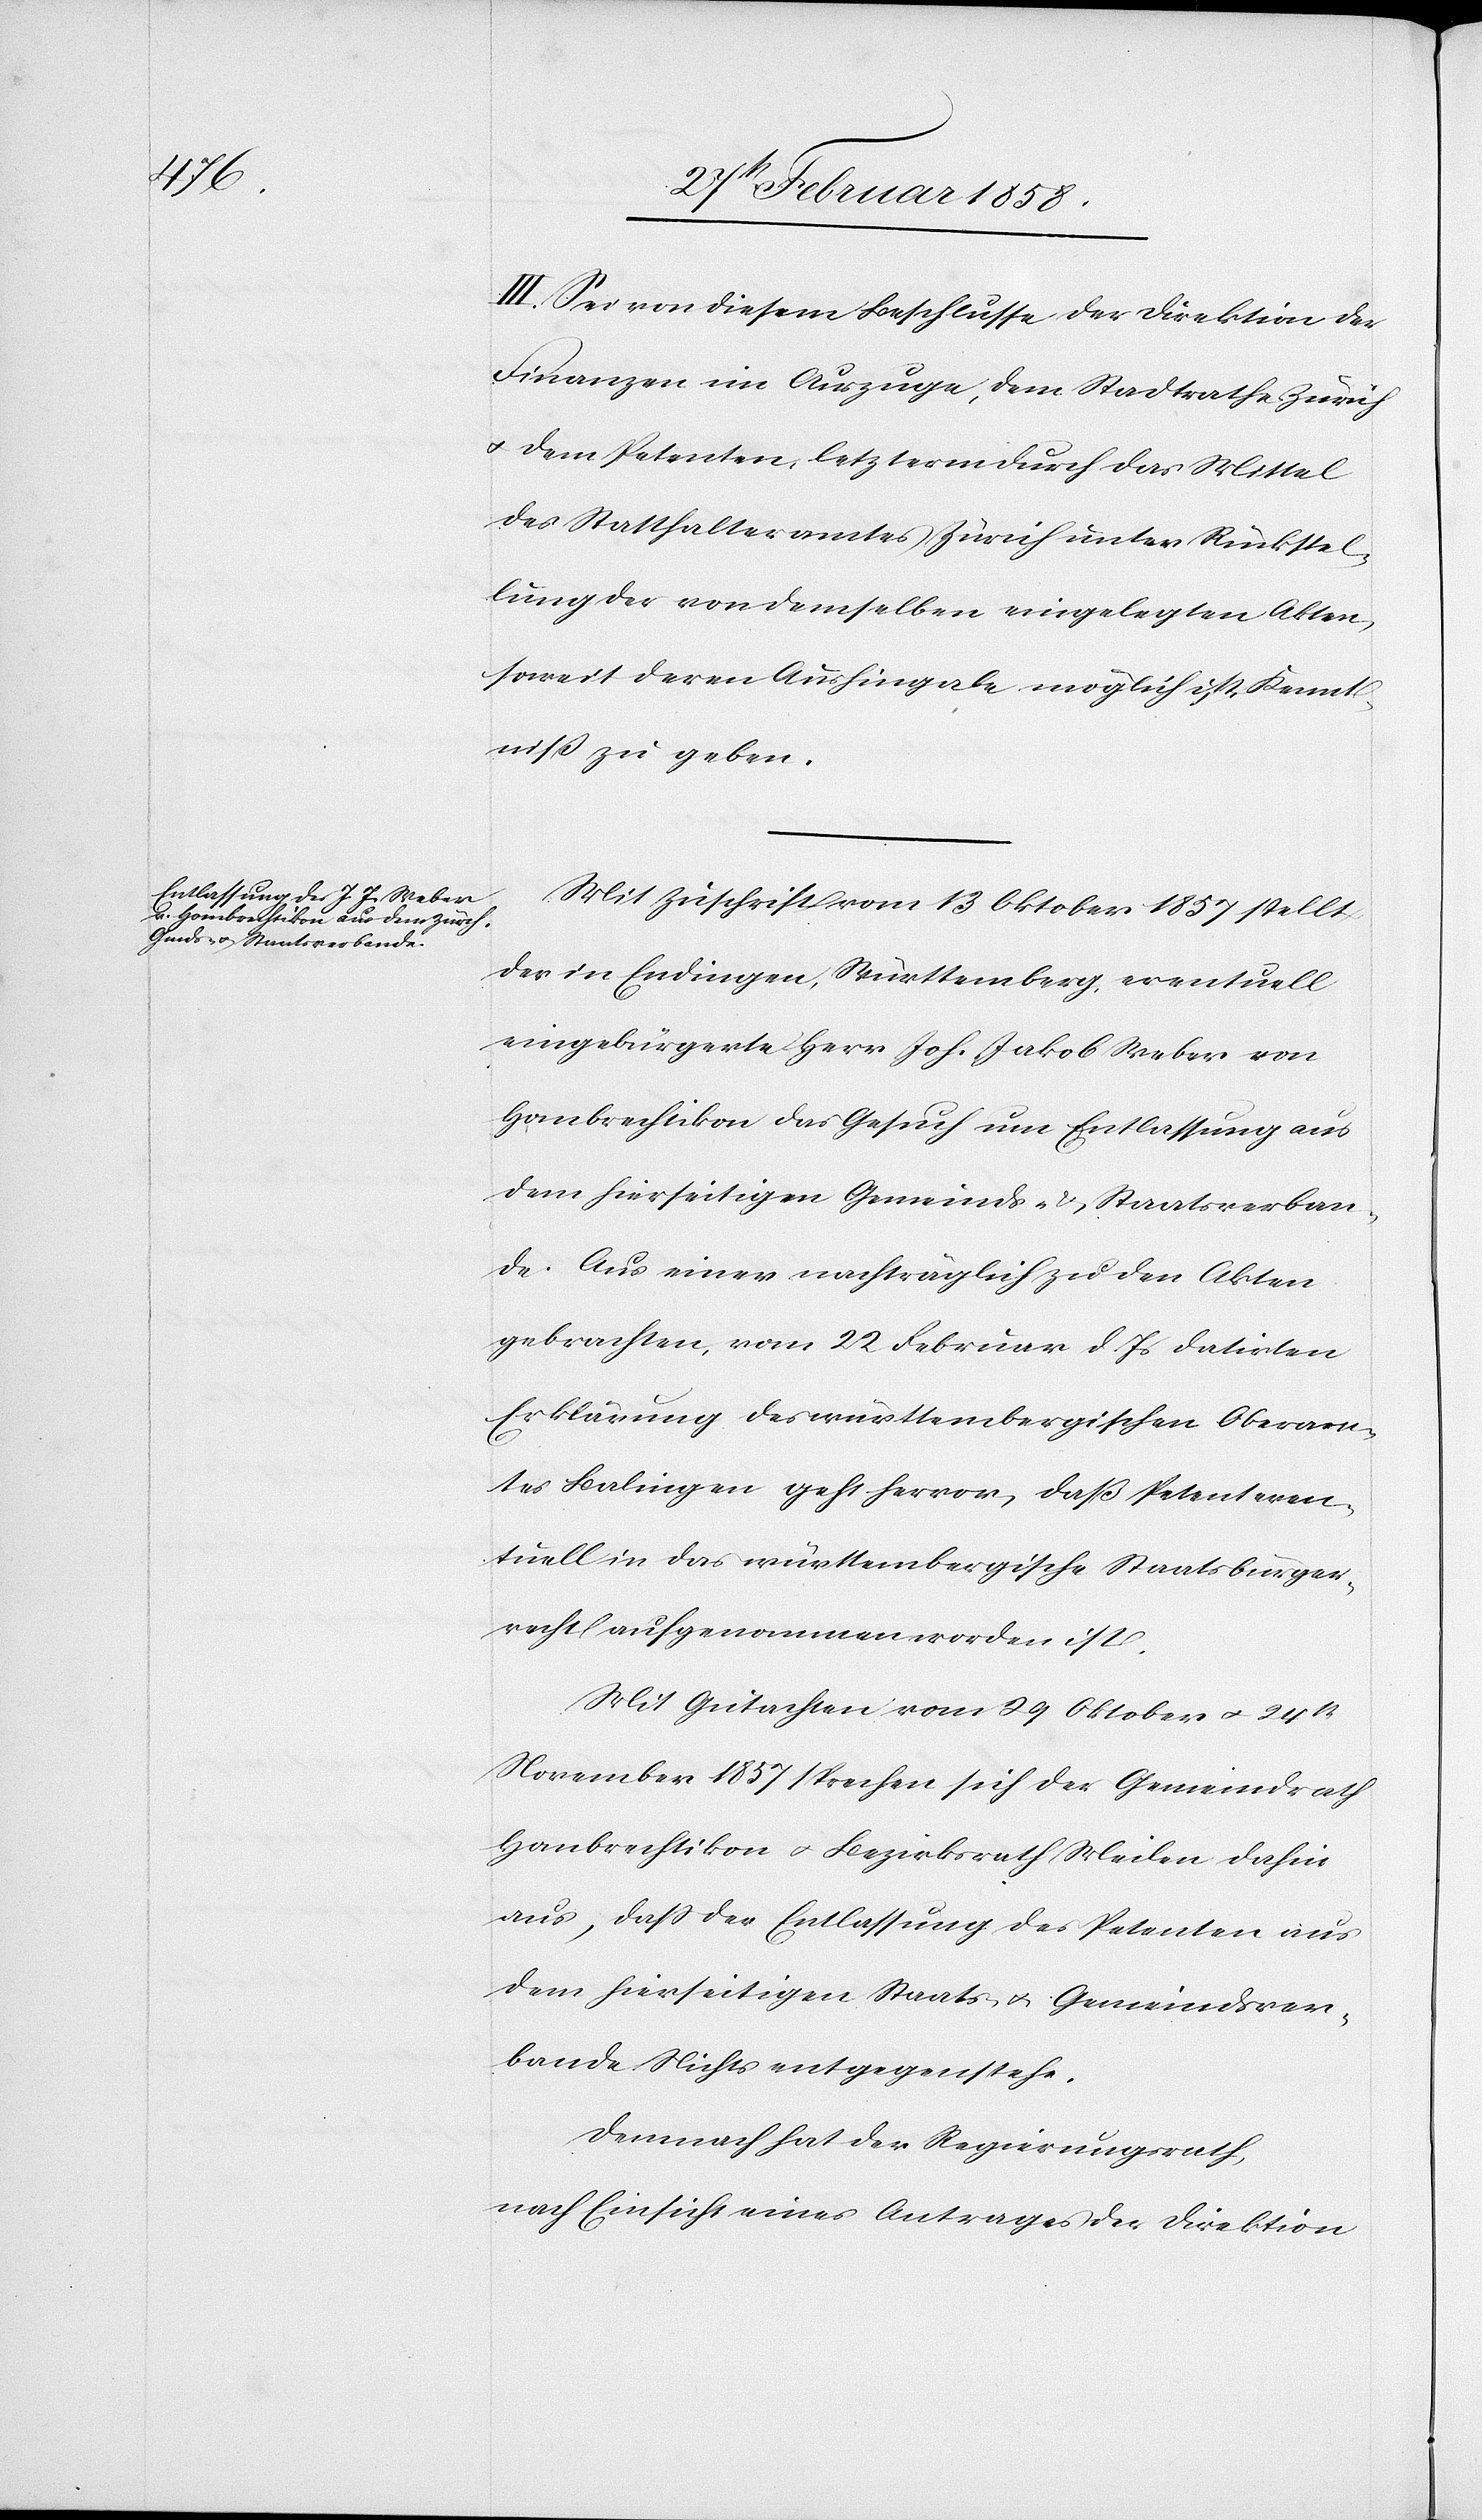
III. Sei von diesem Beschlusse der Direktion der
Finanzen im Auszuge, dem Stadtrathe Zürich
u. dem Petenten, letzterm durch das Mittel
des Statthalteramtes Zürich unter Rückstel¬
lung der von demselben eingelegten Akten,
soweit deren Aushingabe möglich ist, Kennt¬
niß zu geben.
Mit Zuschrift vom 13 Oktober §857 stellt
der in Endingen, Württemberg, eventuell
eingebürgerte Herr Joh. Jakob Weber von
Hombrechtikon das Gesuch um Entlassung aus
dem hierseitigen Gemeinds- u. Staatsverban¬
de. Aus einer nachträglich zu den Akten
gebrachten, vom 22 Februar d. Js. datirten
Erklärung des württembergischen Oberam¬
tes Balingen geht hervor, daß Petent even¬
tuell in das württembergische Staatsbürger¬
recht aufgenommen worden ist.
Mit Gutachten vom 29 Oktober u. 24st
November 1857 sprechen sich der Gemeindrath
Hombrechtikon u. Bezirksrath Meilen dahin
aus, daß der Entlassung des Petenten aus
dem hierseitigen Staats- u. Gemeindsver¬
bande Nichts entgegenstehe.
Demnach hat der Regierungsrath,
nach Einsicht eines Antrages der Direktion